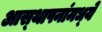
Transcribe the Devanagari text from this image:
आस्‍थापनांमध्‍ये